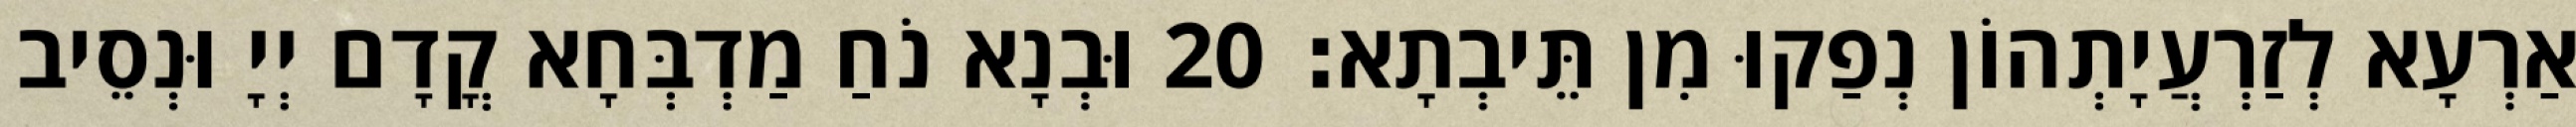
אַרְעָא לְזַרְעֲיָתְהוֹן נְפַקוּ מִן תֵּיבְתָא׃ 20 וּבְנָא נֹחַ מַדְבְּחָא קֳדָם יְיָ וּנְסֵיב